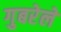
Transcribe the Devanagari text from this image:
गुबरेले